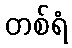
တစ်ရံ